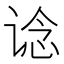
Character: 谂